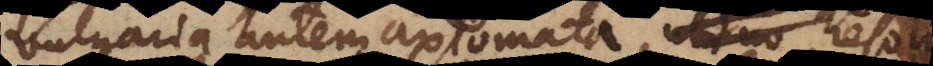
vulgaria autem axiomata, ubi no